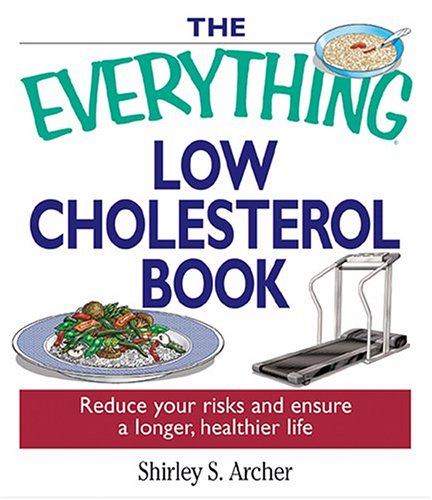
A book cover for The Everything Low Cholesterol Book: Reduce Your Risks And Ensure A Longer, Healthier Life (Everything (Health)); Shirley Archer; Cookbooks, Food & Wine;